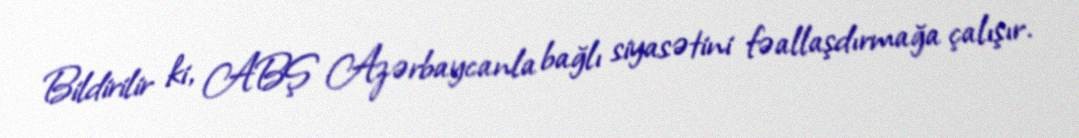
Bildirilir ki, ABŞ Azərbaycanla bağlı siyasətini fəallaşdırmağa çalışır.